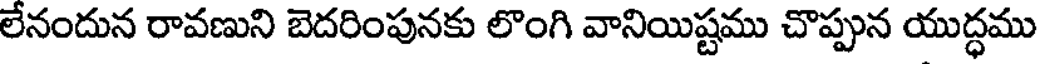
లేనందున రావణుని బెదరింపునకు లొంగి వానియిష్టము చొప్పున యుద్ధము